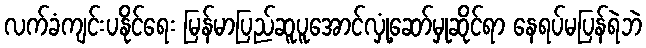
လက်ခံကျင်းပနိုင်ရေး မြန်မာပြည်ဆူပူအောင်လှုံ့ဆော်မှုဆိုင်ရာ နေရပ်မပြန်ရဲဘဲ